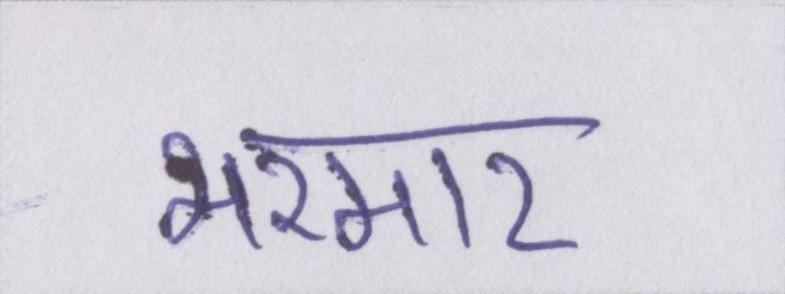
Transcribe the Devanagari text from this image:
भरमार